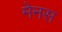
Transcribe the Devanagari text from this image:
मेनस